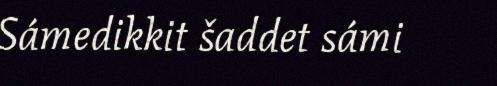
Sámedikkit šaddet sámi